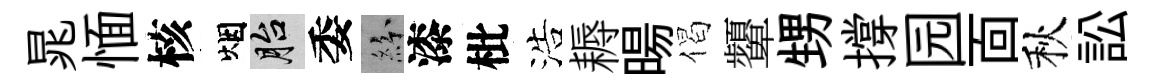
晁愐核烟胎委紛漆枇浩耨暘偈顰甥撐园靣秋訟